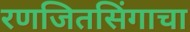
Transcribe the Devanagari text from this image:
रणजितसिंगाचा